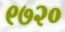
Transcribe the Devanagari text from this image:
९७२०